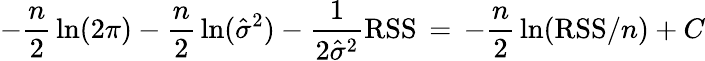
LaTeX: -{\frac{n}{2}}\ln(2\pi)-{\frac{n}{2}}\ln({\hat{\sigma}}^{2})-{\frac{1}{2{\hat{\sigma}}^{2}}}\mathrm{RSS}\, =\, -{\frac{n}{2}}\ln(\mathrm{RSS}/n)+C